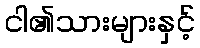
ငါ၏သားများနှင့်